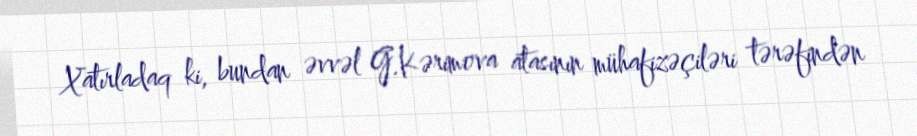
Xatırladaq ki, bundan əvvəl G.Kərimova atasının mühafizəçiləri tərəfindən